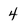
Character: 4